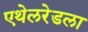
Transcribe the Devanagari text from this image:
एथेलरेडला